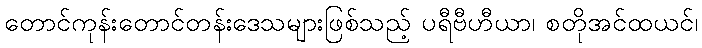
တောင်ကုန်းတောင်တန်းဒေသများဖြစ်သည့် ပရီဗီဟီယာ၊ စတိုအင်ထယင်၊